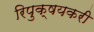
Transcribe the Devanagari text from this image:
रिपुक्षयकरी